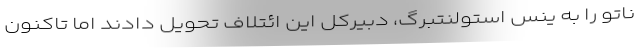
ناتو را به ینس استولنتبرگ، دبیرکل این ائتلاف تحویل دادند اما تاکنون